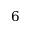
6